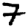
Digit: 7